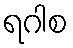
ရဂါစ